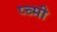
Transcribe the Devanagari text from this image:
प्च्मी